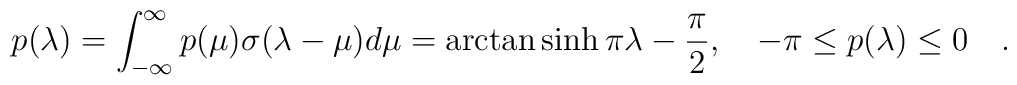
p(\lambda)=\int_{-\infty}^{\infty}p(\mu)\sigma(\lambda -\mu)d\mu=\arctan \sinh \pi \lambda -\frac{\pi}{2},\quad -\pi\leq p(\lambda) \leq 0\quad .